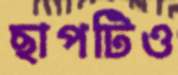
ছাপটিও